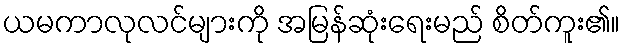
ယမကာလုလင်များကို အမြန်ဆုံးရေးမည် စိတ်ကူး၏။